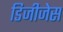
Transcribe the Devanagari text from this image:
डिजीजेस